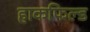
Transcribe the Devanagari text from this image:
हाकफिल्ड